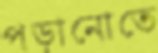
পড়ানোতে